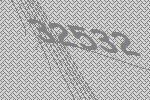
32532